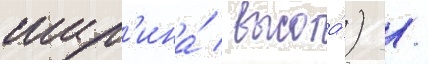
шир'ина́ / высота́) /